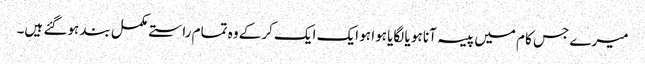
میرے جس کام میں پیسہ آنا ہو یا لگایا ہوا ہو ایک ایک کرکے وہ تمام راستے مکمل بند ہوگئے ہیں۔